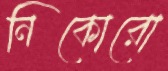
নিকোরো